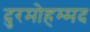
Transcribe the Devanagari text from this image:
दुरमोहम्मद